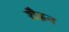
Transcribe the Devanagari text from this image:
शैइन